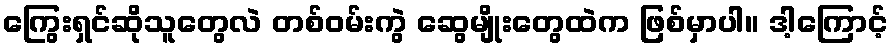
ကြွေးရှင်ဆိုသူတွေလဲ တစ်ဝမ်းကွဲ ဆွေမျိုးတွေထဲက ဖြစ်မှာပါ။ ဒါ့ကြောင့်